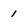
Character: 1